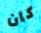
كان